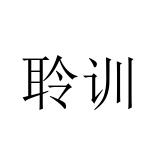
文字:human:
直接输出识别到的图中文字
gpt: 聆训